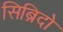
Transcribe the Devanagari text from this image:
सिब्रिदो